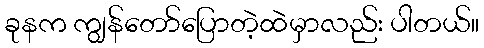
ခုနက ကျွန်တော်ပြောတဲ့ထဲမှာလည်း ပါတယ်။